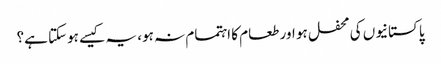
پاکستانیوں کی محفل ہو اور طعام کا اہتمام نہ ہو، یہ کیسے ہوسکتا ہے؟